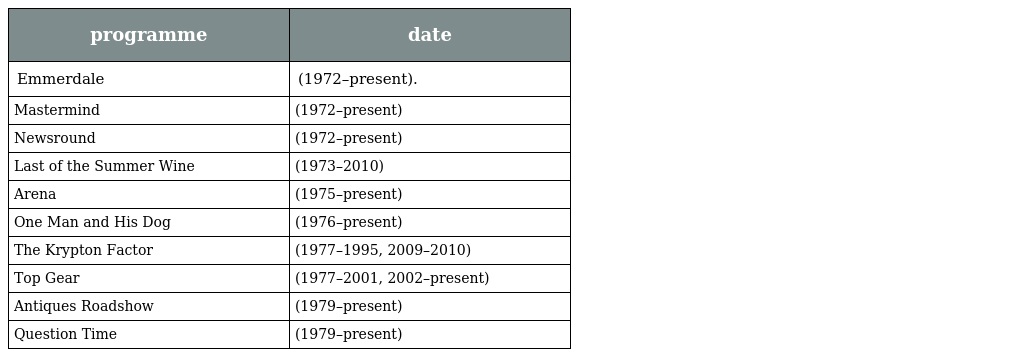
| programme | date |
 | --- | --- |
 | Emmerdale | (1972–present). |
 | Mastermind | (1972–present) |
 | Newsround | (1972–present) |
 | Last of the Summer Wine | (1973–2010) |
 | Arena | (1975–present) |
 | One Man and His Dog | (1976–present) |
 | The Krypton Factor | (1977–1995, 2009–2010) |
 | Top Gear | (1977–2001, 2002–present) |
 | Antiques Roadshow | (1979–present) |
 | Question Time | (1979–present) |